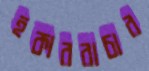
হকাররাচার